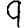
Digit: 9